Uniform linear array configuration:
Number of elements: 8
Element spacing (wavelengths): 0.75
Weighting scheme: blackman
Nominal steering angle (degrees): -15
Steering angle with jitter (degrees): -16.979
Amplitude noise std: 0.05
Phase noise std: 0.05

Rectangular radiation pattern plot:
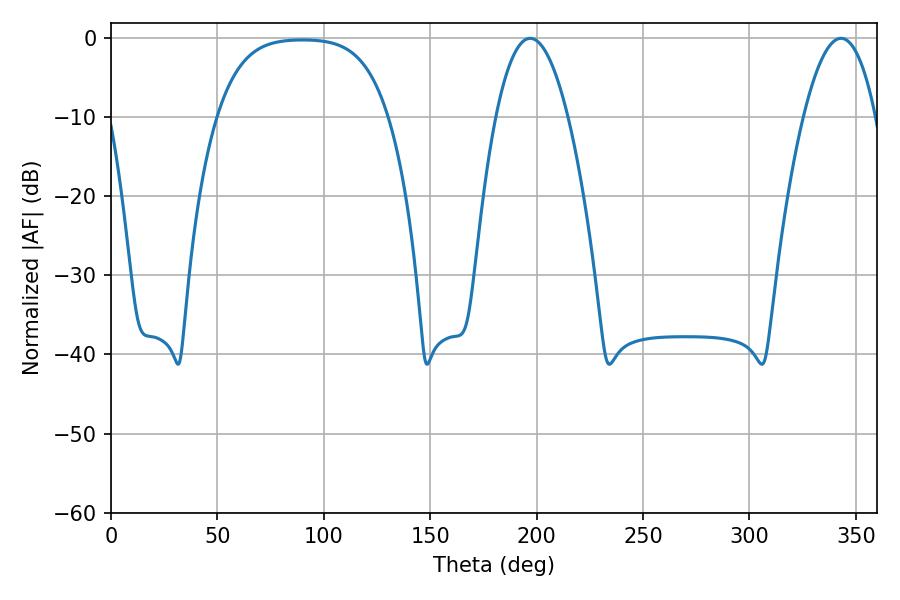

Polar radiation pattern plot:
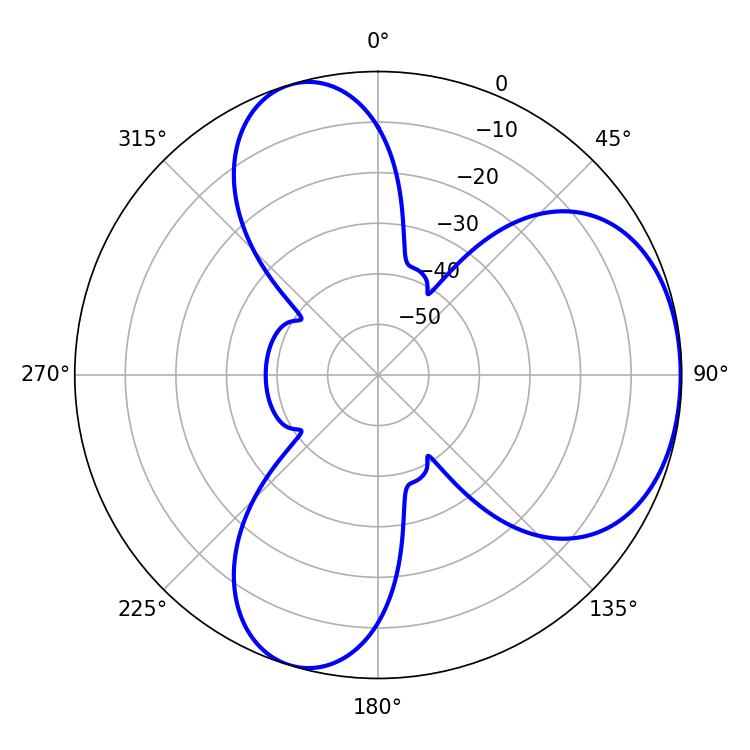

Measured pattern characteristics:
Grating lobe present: TRUE
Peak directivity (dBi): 4.718
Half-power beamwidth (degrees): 18.72
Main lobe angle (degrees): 196.92